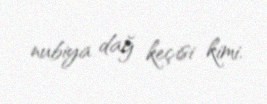
nubiya dağ keçisi kimi.